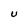
Character: U